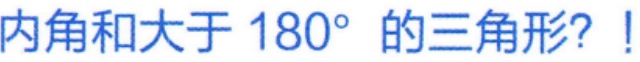
内角和大于 \(180^{\circ}\) 的三角形？!